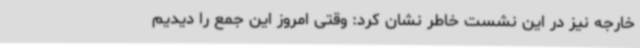
خارجه نیز در این نشست خاطر نشان کرد: وقتی امروز این جمع را دیدیم